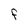
Character: F